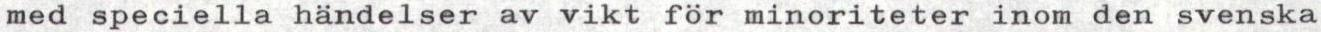
med speciella händelser av vikt för minoriteter inom den svenska